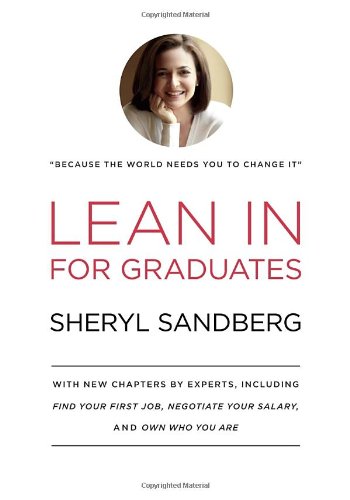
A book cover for Lean In for Graduates; Sheryl Sandberg; Business & Money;